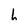
Character: h